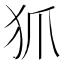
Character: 𤜶